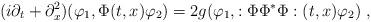
LaTeX: \begin{align*}(i\partial_t + \partial_x^2 )(\varphi_1, \Phi(t,x) \varphi_2 )= 2g (\varphi_1, :\Phi \Phi^* \Phi :(t,x) \varphi_2 ) \; ,\end{align*}